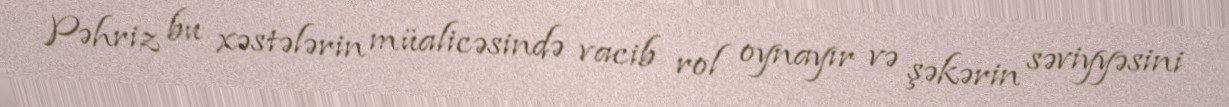
Pəhriz bu xəstələrin müalicəsində vacib rol oynayır və şəkərin səviyyəsini